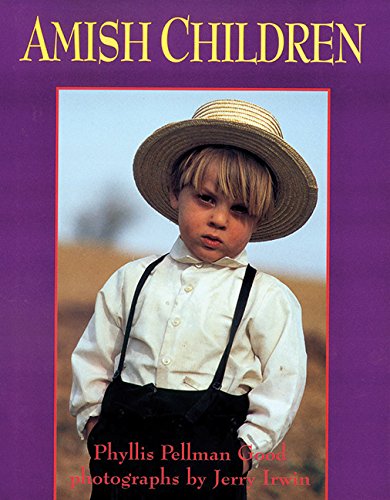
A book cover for Amish Children; Phyllis Pellman Good; Christian Books & Bibles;